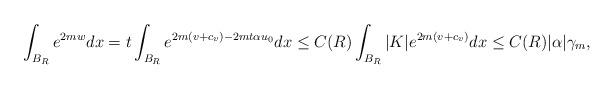
LaTeX: \begin{align*} \int_{B_R}e^{2mw}dx =t\int_{B_R}e^{2m(v+c_v)-2mt\alpha u_0} dx \leq C(R)\int_{B_R}|K|e^{2m(v+c_v)}dx \leq C(R)|\alpha|\gamma_m, \end{align*}